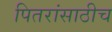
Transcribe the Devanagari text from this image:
पितरांसाठीच